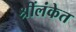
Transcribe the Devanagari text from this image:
श्रींलंकेत